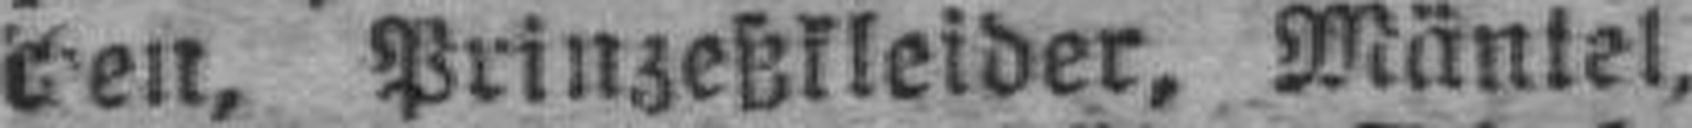
chen, Prinzeßkleider, Mäntel,